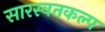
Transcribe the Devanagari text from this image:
सारस्वतकल्प